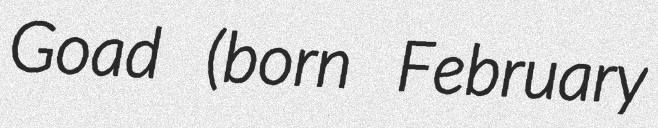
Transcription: Goad (born February